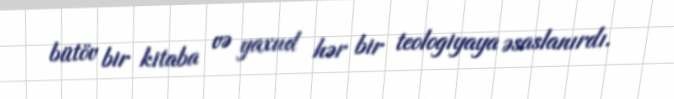
bütöv bir kitaba və yaxud hər bir teologiyaya əsaslanırdı.